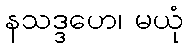
နသဒ္ဒဟေ၊ မယုံ